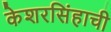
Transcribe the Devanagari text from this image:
केशरसिंहाची